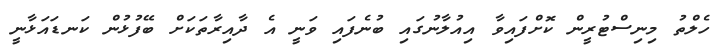
ހެލްތު މިނިސްޓުރީން ކޮށްފައިވާ އިއުލާނުގައި ބުނެފައި ވަނީ އެ ދާއިރާތަކަށް ބޭފުޅުން ކަނޑައަޅާނީ